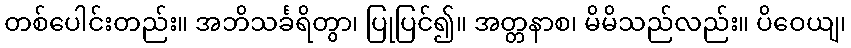
တစ်ပေါင်းတည်း။ အဘိသင်္ခရိတွာ၊ ပြုပြင်၍။ အတ္တနာစ၊ မိမိသည်လည်း။ ပိဝေယျ၊